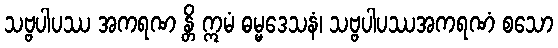
သဗ္ဗပါပဿ အကရဏ န္တိ ဣမံ ဓမ္မဒေသနံ၊ သဗ္ဗပါပဿအကရဏံ စသော